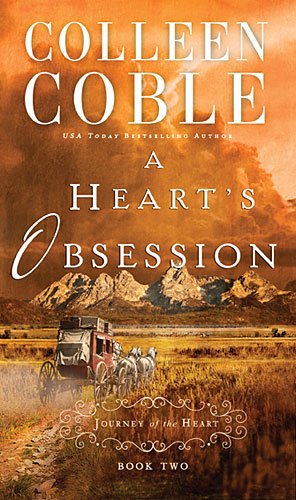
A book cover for A Heart's Obsession (A Journey of the Heart); Colleen Coble; Literature & Fiction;